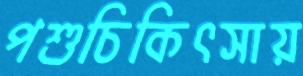
পশুচিকিৎসায়